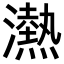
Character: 𪷴